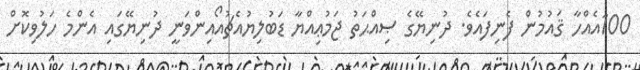
100އެއްހާ ޤައުމުން ފެނިފައެވެ. ދުނިޔޭގެ ޞިއްޙަތު ޖަމުޢިއްޔާ ޑަބުލިޔުއެޗުއޯއިންވަނީ ދުނިޔޭގައި އެންމެ ހަލުވިކޮށް